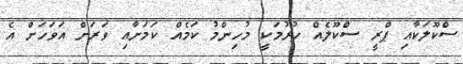
ސްކޫލަކާއި ޕްރީ ސްކޫލެއް ހުރުމަކީ މުހިންމު ކަމެއް ކަމަށާއި ވަރަށް އަވަހަށް އެ